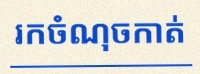
រកចំណុចកាត់